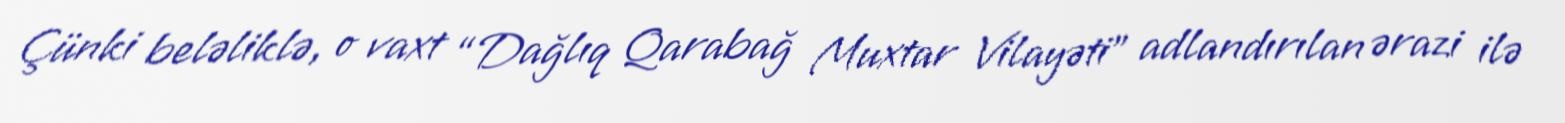
Çünki beləliklə, o vaxt “Dağlıq Qarabağ Muxtar Vilayəti” adlandırılan ərazi ilə